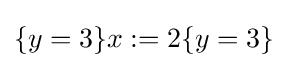
\{y=3\}x:=2\{y=3\}